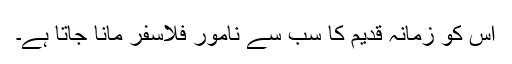
اس کو زمانہ قدیم کا سب سے نامور فلاسفر مانا جاتا ہے۔